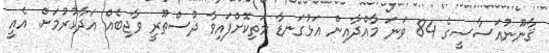
ޤާނޫނުއަސާސީގެ 84 ވަނަ މާއްދާއިން އަޅުގަނޑާ މަތިކޮށްފައިވާ ދުސްތޫރީ ވާޖިބެއް އަދާކުރުމަށް. އެއީ